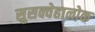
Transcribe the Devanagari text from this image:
सुसक्वेहानोक